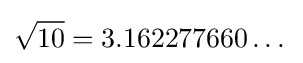
{\sqrt {10}}=3.162277660\dots